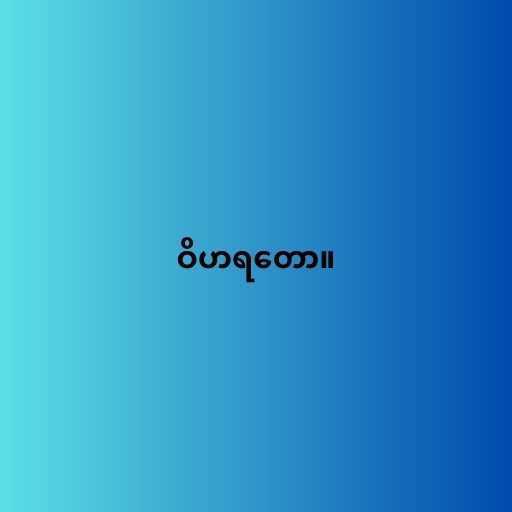
ဝိဟရတော။